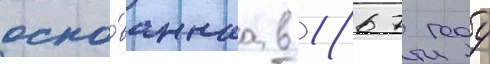
осно́ваннаа в 1867 году